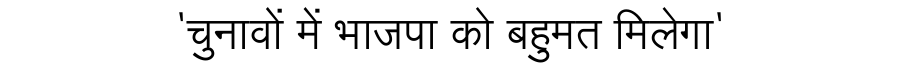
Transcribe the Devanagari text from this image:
'चुनावों में भाजपा को बहुमत मिलेगा'